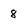
Character: 8